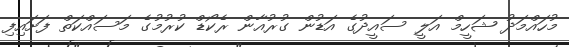
މުހައްމަދު ޝަހީމް އަލީ ސައީދުގެ އަޑުން ގުރުއާާން ރެކޯޑް ކުރުމުގެ މަސައްކަތް ފަށައިފި